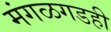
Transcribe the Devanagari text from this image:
मंगळगडही